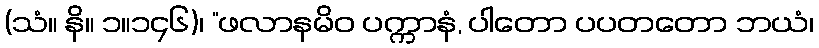
(သံ။ နိ။ ၁။၁၄၆)၊ “ဖလာနမိဝ ပက္ကာနံ, ပါတော ပပတတော ဘယံ၊